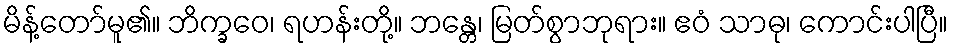
မိန့်တော်မူ၏။ ဘိက္ခဝေ၊ ရဟန်းတို့။ ဘန္တေ၊ မြတ်စွာဘုရား။ ဧဝံ သာဓု၊ ကောင်းပါပြီ။